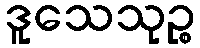
ဒူသေသုဉ္စ